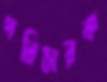
পরিচারক